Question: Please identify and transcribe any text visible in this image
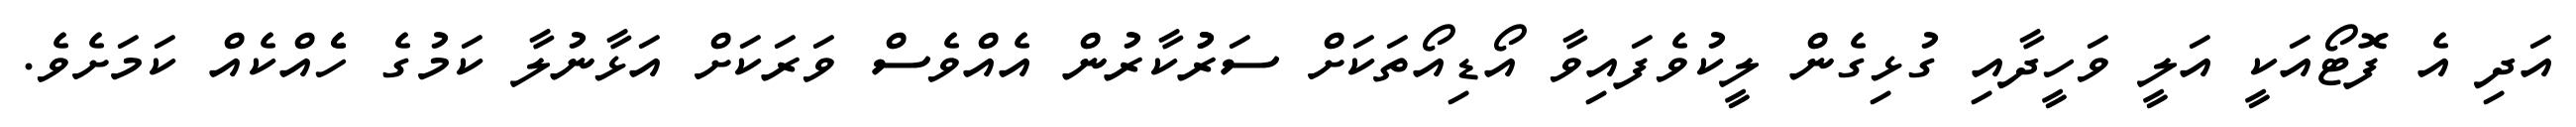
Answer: އަދި އެ ފޮޓޯއަކީ އަލީ ވަހީދާއި ގުޅިގެން ލީކުވެފައިވާ އޯޑިއޯތަކަށް ސަރުުކާރުން އެއްވެސް ވަރަކަށް އަޅާނުލާ ކަމުގެ ހެެއްކެއް ކަމަށެވެ.